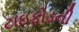
ટાઇફોડની